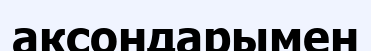
аксондарымен